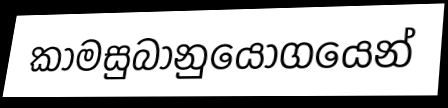
කාමසුබානුයෝගයෙන්